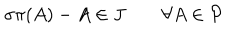
LaTeX: \sigma \pi ( A ) - A \in J \quad \quad \forall A \in \mathcal { P }